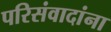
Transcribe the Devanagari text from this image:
परिसंवादांना